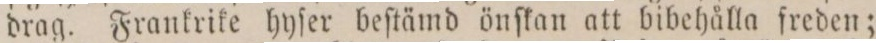
drag. Frankrike hyſer beſtämd önſkan att bibehålla freden;